Triennial report on the lunatic asylums in the province of Eastern Bengal and Assam - 1903-1911
Year: 1903
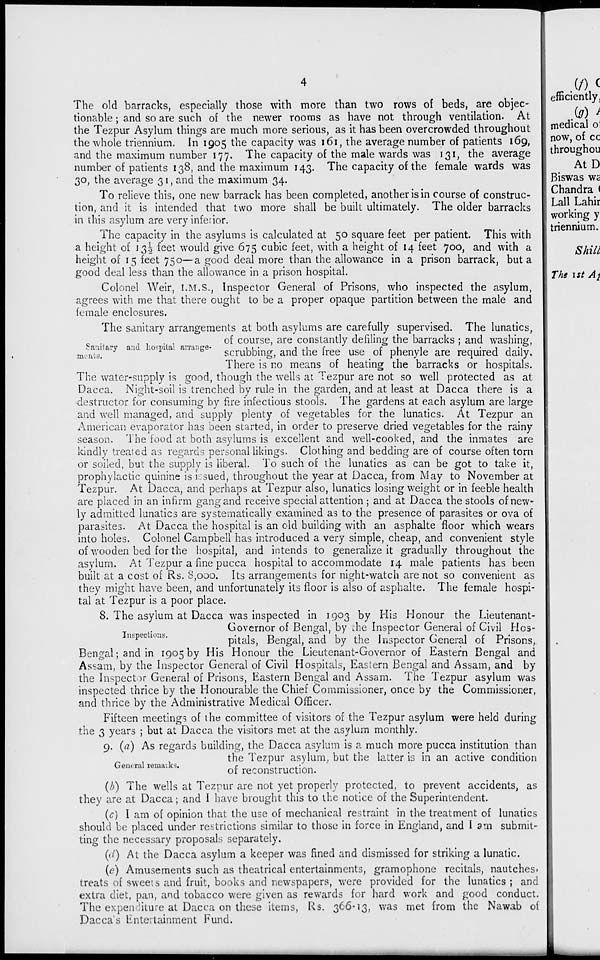
4
The old barracks, especially those with more than two rows of beds, are objec-
tionable ; and so are such of the newer rooms as have not through ventilation. At
the Tezpur Asylum things are much more serious, as it has been overcrowded throughout
the whole triennium. In 1905 the capacity was 161, the average number of patients 169,
and the maximum number 177. The capacity of the male wards was 131, the average
number of patients 138, and the maximum 143. The capacity of the female wards was
30, the average 31, and the maximum 34.
To relieve this, one new barrack has been completed, another is in course of construc-
tion, and it is intended that two more shall be built ultimately. The older barracks
in this asylum are very inferior.
The capacity in the asylums is calculated at 50 square feet per patient. This with
a height of 13½ feet would give 675 cubic feet, with a height of 14 feet 700, and with a
height of 15 feet 750—a good deal more than the allowance in a prison barrack, but a
good deal less than the allowance in a prison hospital.
Colonel Weir, I.M.S., Inspector General of Prisons, who inspected the asylum,
agrees with me that there ought to be a proper opaque partition between the male and
female enclosures.
Sanitary and hospital arrange-
ments.
The sanitary arrangements at both asylums are carefully supervised. The lunatics,
of course, are constantly defiling the barracks ; and washing,
scrubbing, and the free use of phenyle are required daily.
There is no means of heating the barracks or hospitals.
The water-supply is good, though the wells at Tezpur are not so well protected as at
Dacca. Night-soil is trenched by rule in the garden, and at least at Dacca there is a
destructor for consuming by fire infectious stools. The gardens at each asylum are large
and well managed, and supply plenty of vegetables for the lunatics. At Tezpur an
American evaporator has been started, in order to preserve dried vegetables for the rainy
season. The food at both asylums is excellent and well-cooked, and the inmates are
kindly treated as regards personal likings. Clothing and bedding are of course often torn
or soiled, but the supply is liberal. To such of the lunatics as can be got to take it,
prophylactic quinine is issued, throughout the year at Dacca, from May to November at
Tezpur. At Dacca, and perhaps at Tezpur also, lunatics losing weight or in feeble health
are placed in an infirm gang and receive special attention ; and at Dacca the stools of new-
ly admitted lunatics are systematically examined as to the presence of parasites or ova of
parasites. At Dacca the hospital is an old building with an asphalte floor which wears
into holes. Colonel Campbell has introduced a very simple, cheap, and convenient style
of wooden bed for the hospital, and intends to generalize it gradually throughout the
asylum. At Tezpur a fine pucca hospital to accommodate 14 male patients has been
built at a cost of Rs. 8,000. Its arrangements for night-watch are not so convenient as
they might have been, and unfortunately its floor is also of asphalte. The female hospi-
tal at Tezpur is a poor place.
Inspections.
8. The asylum at Dacca was inspected in 1903 by His Honour the Lieutenant-
Governor of Bengal, by the Inspector General of Civil Hos-
pitals, Bengal, and by the Inspector General of Prisons,
Bengal; and in 1905 by His Honour the Lieutenant-Governor of Eastern Bengal and
Assam, by the Inspector General of Civil Hospitals, Eastern Bengal and Assam, and by
the Inspector General of Prisons, Eastern Bengal and Assam. The Tezpur asylum was
inspected thrice by the Honourable the Chief Commissioner, once by the Commissioner,
and thrice by the Administrative Medical Officer.
Fifteen meetings of the committee of visitors of the Tezpur asylum were held during
the 3 years ; but at Dacca the visitors met at the asylum monthly.
General remarks.
9. (a) As regards building, the Dacca asylum is a much more pucca institution than
the Tezpur asylum, but the latter is in an active condition
of reconstruction.
(b) The wells at Tezpur are not yet properly protected, to prevent accidents, as
they are at Dacca ; and I have brought this to the notice of the Superintendent.
(c) I am of opinion that the use of mechanical restraint in the treatment of lunatics
should be placed under restrictions similar to those in force in England, and I am submit-
ting the necessary proposals separately.
(d) At the Dacca asylum a keeper was fined and dismissed for striking a lunatic.
(e) Amusements such as theatrical entertainments, gramophone recitals, nautches,
treats of sweets and fruit, books and newspapers, were provided for the lunatics ; and
extra diet, pan, and tobacco were given as rewards for hard work and good conduct.
The expenditure at Dacca on these items, Rs. 366.13, was met from the Nawab of
Dacca's Entertainment Fund.